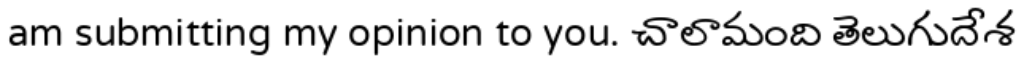
am submitting my opinion to you. చాలామంది తెలుగుదేశ